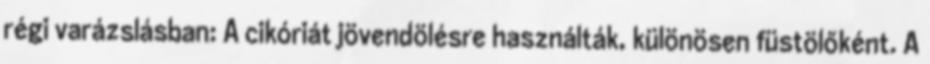
régi varázslásban: A cikóriát jövendölésre használták, különösen füstölőként. A